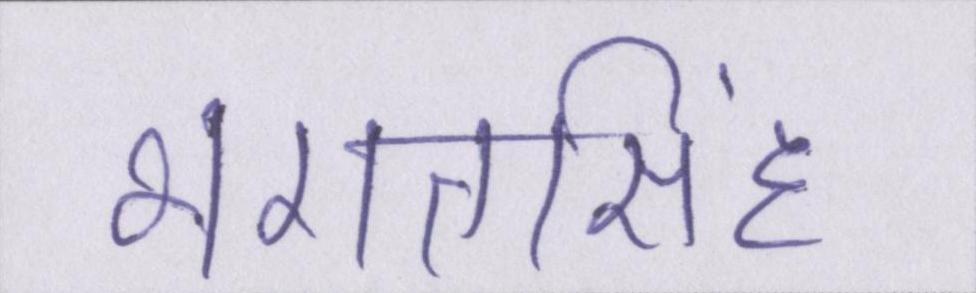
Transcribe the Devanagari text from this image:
भगतसिंह